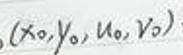
$(x_0,y_0,u_0,v_0)$